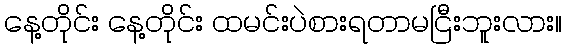
နေ့တိုင်း နေ့တိုင်း ထမင်းပဲစားရတာမငြီးဘူးလား။